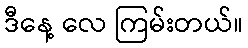
ဒီနေ့ လေ ကြမ်းတယ်။